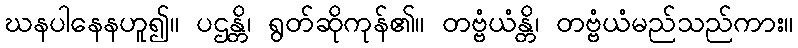
ဃနပါနေနဟူ၍။ ပဌန္တိ၊ ရွတ်ဆိုကုန်၏။ တဗ္ဗံယံန္တိ၊ တဗ္ဗံယံမည်သည်ကား။